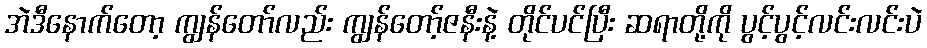
အဲဒီနောက်တော့ ကျွန်တော်လည်း ကျွန်တော့်ဇနီးနဲ့ တိုင်ပင်ပြီး ဆရာတို့ကို ပွင့်ပွင့်လင်းလင်းပဲ